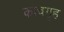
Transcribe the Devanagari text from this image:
काचगृह